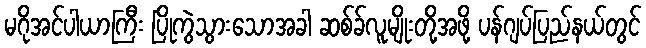
မဂိုအင်ပါယာကြီး ပြိုကွဲသွားသောအခါ ဆစ်ခ်လူမျိုးတို့အဖို့ ပန်ဂျပ်ပြည်နယ်တွင်